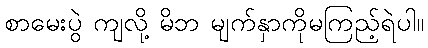
စာမေးပွဲ ကျလို့ မိဘ မျက်နှာကိုမကြည့်ရဲပါ။